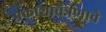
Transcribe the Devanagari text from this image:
प्रकाशचित्रणाचे